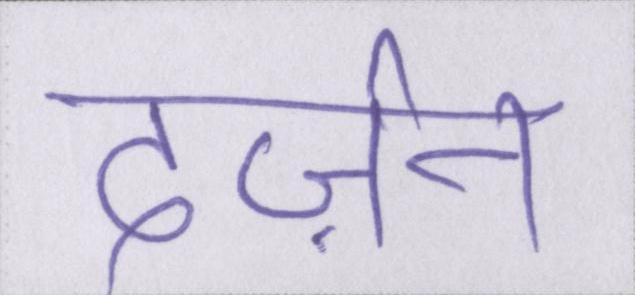
दर्ज़न